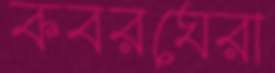
কবরঘেরা